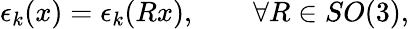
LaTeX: \epsilon_{k}(x)=\epsilon_{k}(Rx),\qquad\forall R\in SO(3),